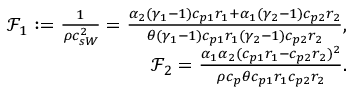
\begin{array} { r } { \mathcal { F } _ { 1 } : = \frac { 1 } { \rho c _ { s W } ^ { 2 } } = \frac { \alpha _ { 2 } ( \gamma _ { 1 } - 1 ) c _ { p 1 } r _ { 1 } + \alpha _ { 1 } ( \gamma _ { 2 } - 1 ) c _ { p 2 } r _ { 2 } } { \theta ( \gamma _ { 1 } - 1 ) c _ { p 1 } r _ { 1 } ( \gamma _ { 2 } - 1 ) c _ { p 2 } r _ { 2 } } , } \\ { \mathcal { F } _ { 2 } = \frac { \alpha _ { 1 } \alpha _ { 2 } ( c _ { p 1 } r _ { 1 } - c _ { p 2 } r _ { 2 } ) ^ { 2 } } { \rho c _ { p } \theta c _ { p 1 } r _ { 1 } c _ { p 2 } r _ { 2 } } . } \end{array}